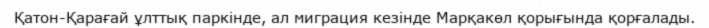
Қатон-Қарағай ұлттық паркінде, ал миграция кезінде Марқакөл қорығында қорғалады.